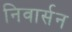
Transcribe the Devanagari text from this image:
निवार्सन